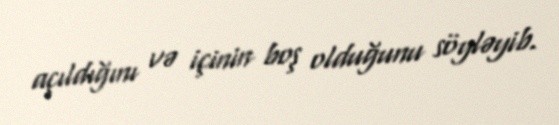
açıldığını və içinin boş olduğunu söyləyib.